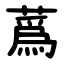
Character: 蔿